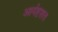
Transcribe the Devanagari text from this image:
आर्यष्टशत